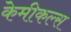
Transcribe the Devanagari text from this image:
केमीकल्स